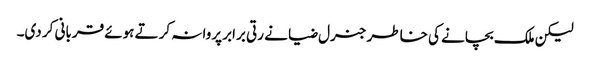
لیکن ملک بچانے کی خاطر جنرل ضیا نے رتی برابر پروا نہ کرتے ہوئے قربانی کر دی۔